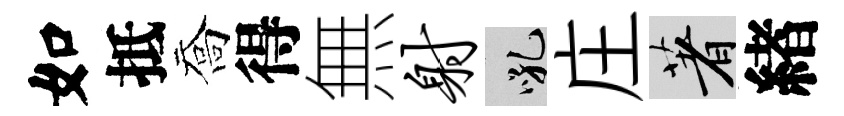
如抵喬得無射吼庄著緖